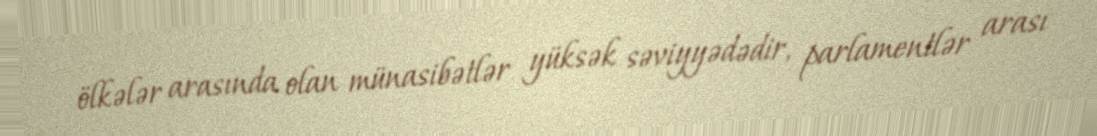
ölkələr arasında olan münasibətlər yüksək səviyyədədir, parlamentlər arası